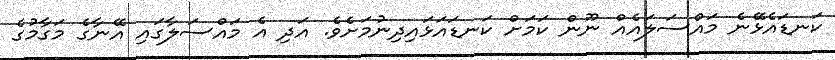
ކަނޑައެޅޭނެ މައްސަލައެއް ނޫން ކަމަށް ކަނޑައަޅައިދިނުމަށެވެ. އަދި އެ މައްސަލާގައި އޭނާގެ މަގާމުގެ